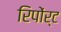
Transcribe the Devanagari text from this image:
रिपोंर्ट